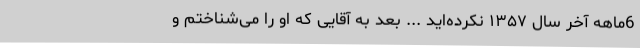
6ماهه آخر سال ۱۳۵۷ نکرده‌اید ... بعد به آقایی که او را می‌شناختم و